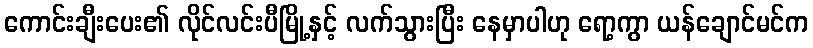
ကောင်းချီးပေး၏ လိုင်လင်းပီမြို့နှင့် လက်သွားပြီး နေမှာပါဟု ရော့ကွာ ယန်ချောင်မင်က